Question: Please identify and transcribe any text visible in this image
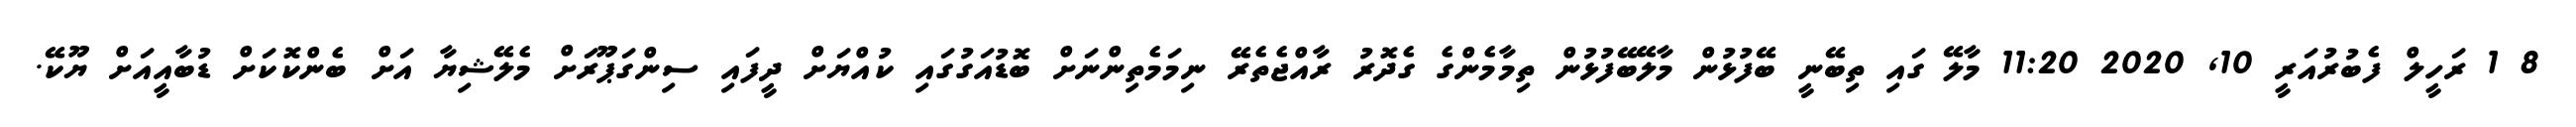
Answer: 8 1 ރަހީލް ފެބުރުއަރީ 10, 2020 11:20 މާލޭ ގައި ތިބޭނީ ބޭފުޅުން މާލޭބޭފުޅުން ތިމާމެންގެ ގެދޮރު ރާއްޖެތެރޭ ނިމަމެތިންނަށް ބޮޑުއަގުގައި ކުއްޔަށް ދީފައި ސިންގަޕޫރަށް މެލޭޝިޔާ އަށް ބެންކޮކަށް ޑުބާއީއަށް ޔޫކޭ.